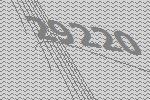
29220